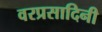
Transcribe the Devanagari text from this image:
वरप्रसादिनी